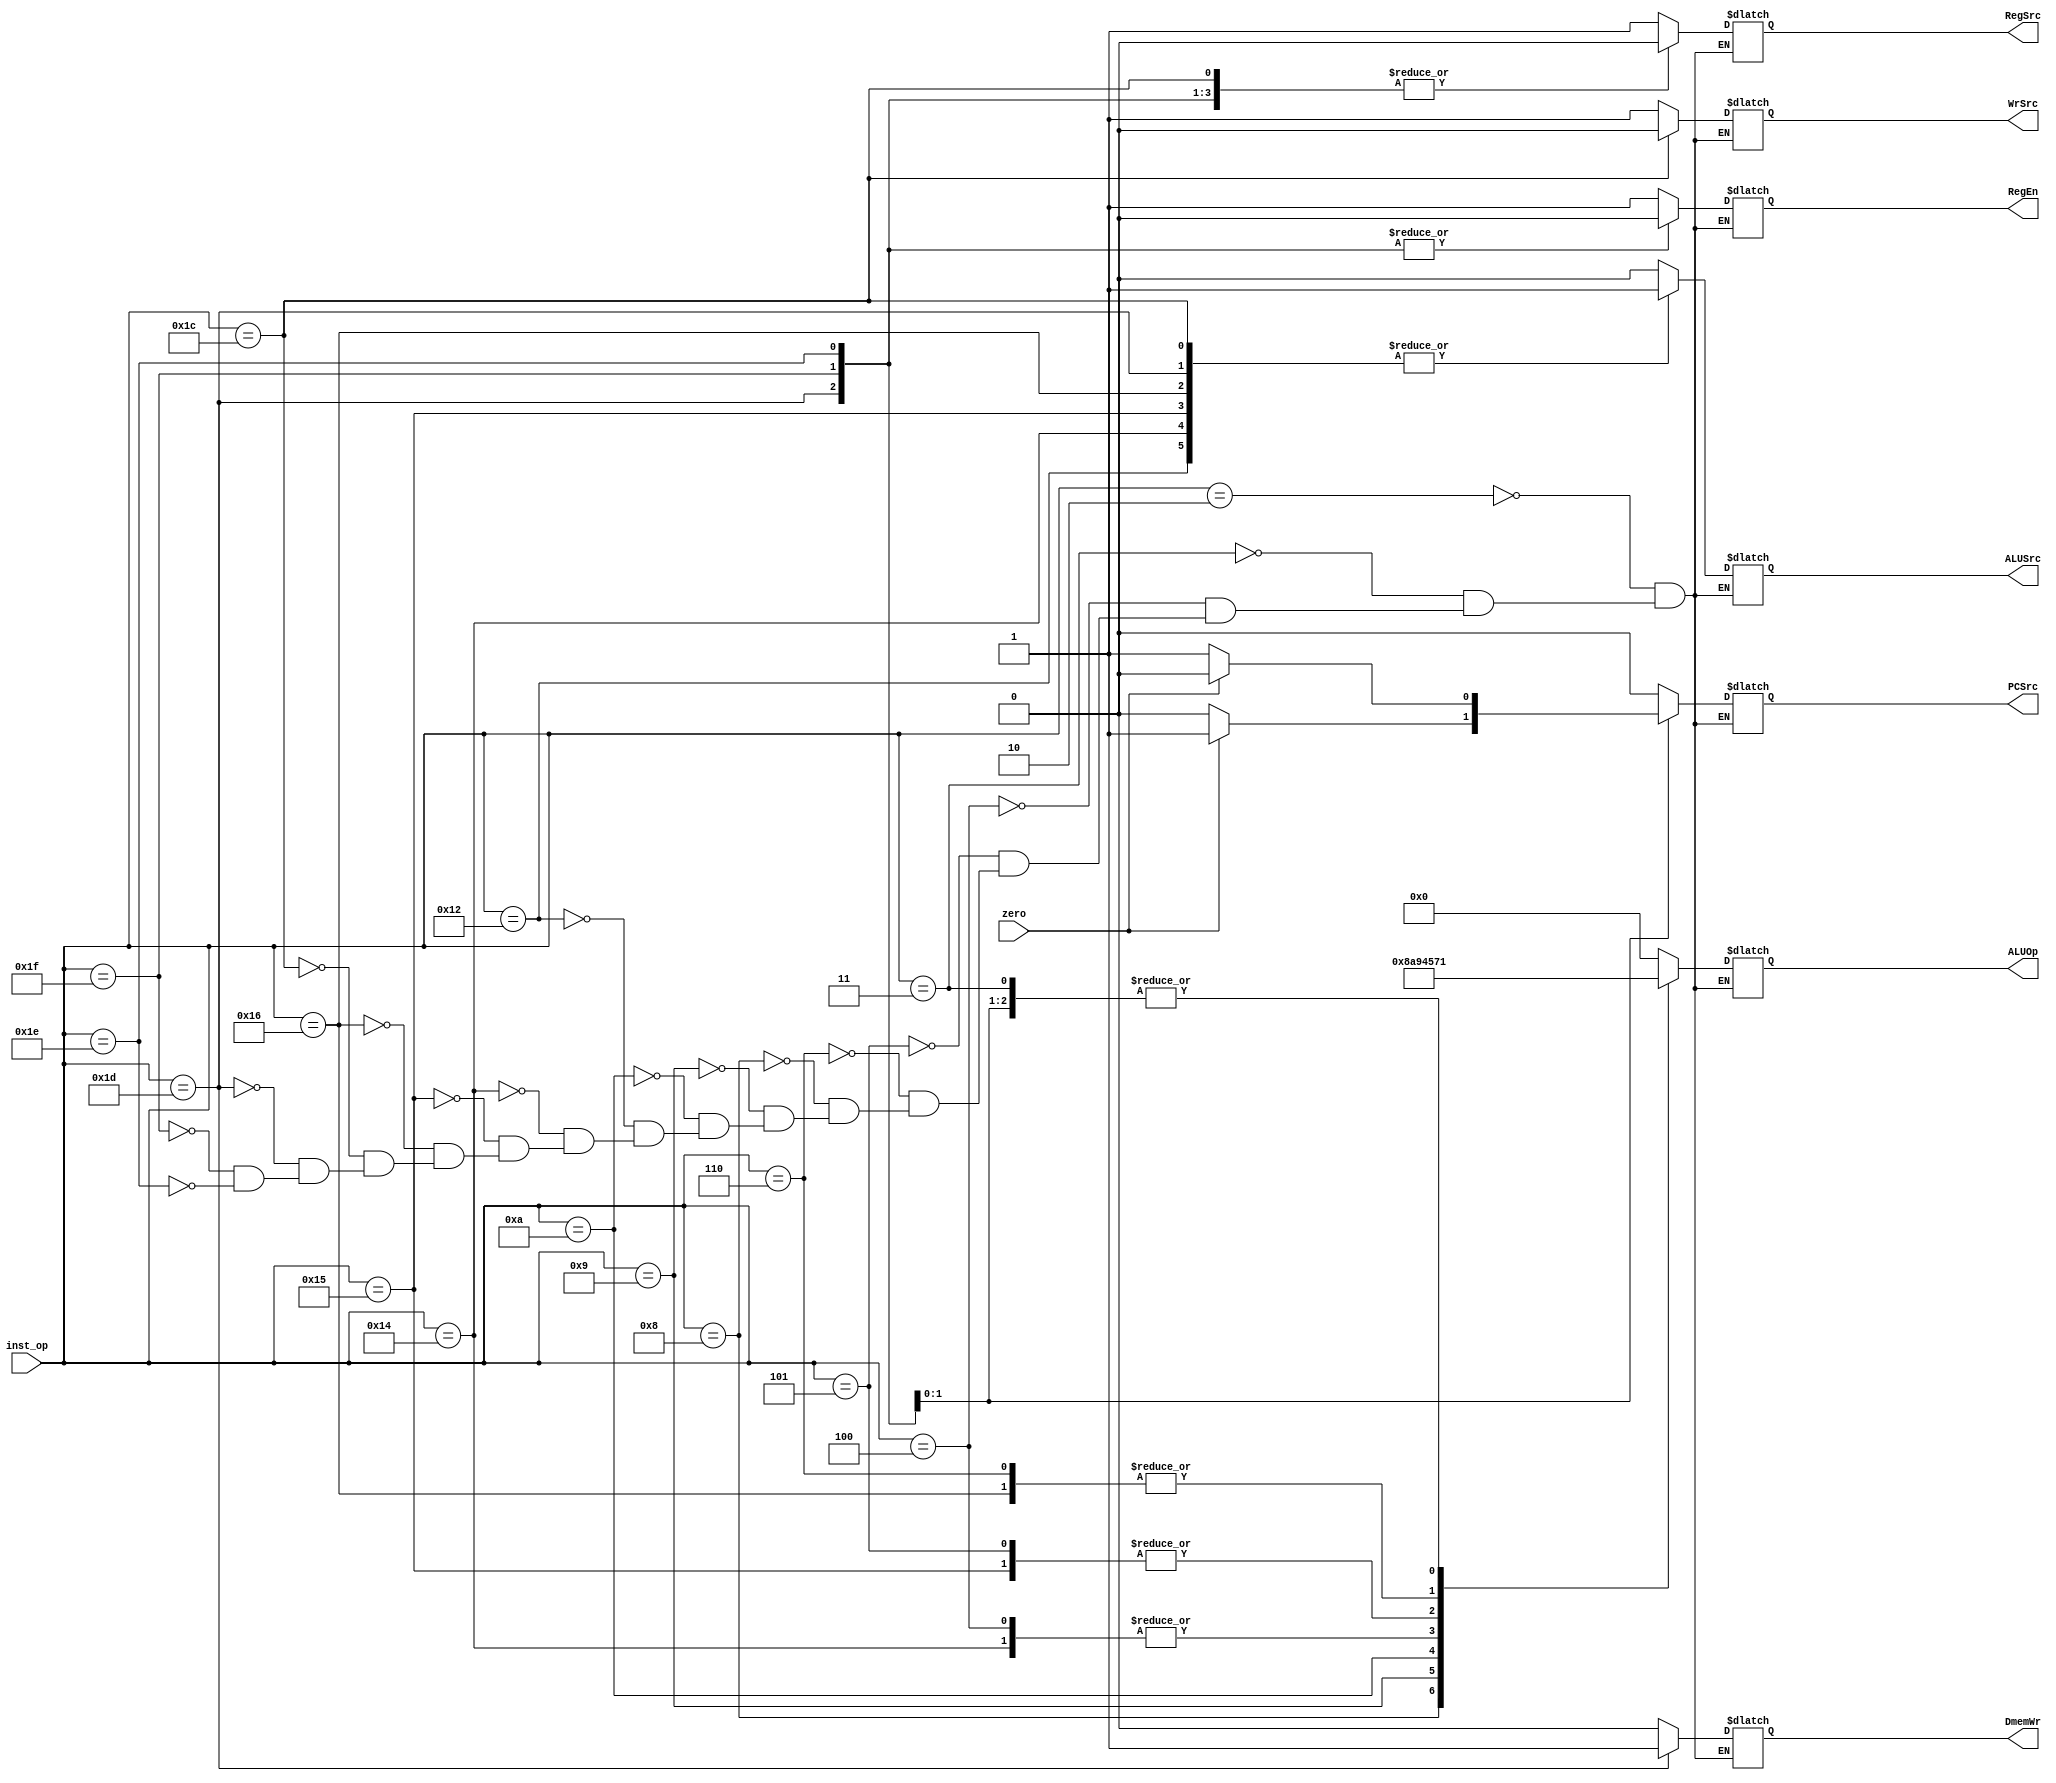
module controller(
	input wire	[4:0]	inst_op,
	input wire			zero,
	output reg			PCSrc,
	output reg			RegSrc,
	output reg			RegEn,
	output reg			ALUSrc,
	output reg 	[3:0]	ALUOp,
	output reg			DmemWr,
	output reg			WrSrc
	);
	
	parameter add 	= 5'b00010;
	parameter sub 	= 5'b00011;
	parameter iand	= 5'b00100;
	parameter ior 	= 5'b00101;
	parameter ixor 	= 5'b00110;
	parameter sr 	= 5'b01000;
	parameter sra 	= 5'b01001;
	parameter sl 	= 5'b01010;
	parameter addi 	= 5'b10010;
	parameter andi 	= 5'b10100;
	parameter ori 	= 5'b10101;
	parameter xori 	= 5'b10110;
	parameter lw 	= 5'b11100;
	parameter sw 	= 5'b11101;
	parameter beq 	= 5'b11110;
	parameter bne 	= 5'b11111;
	
	parameter alu_add 	= 4'b0000;
	parameter alu_sub 	= 4'b0001;
	parameter alu_and 	= 4'b0100;
	parameter alu_or	= 4'b0101;
	parameter alu_xor 	= 4'b0111;
	parameter alu_sr 	= 4'b1000;
	parameter alu_sl 	= 4'b1001;
	parameter alu_sra 	= 4'b1010;
	
	always @(inst_op, zero) begin
		case (inst_op)
			add: begin
				PCSrc 	<= 1'b0;
				RegSrc	<= 1'b1;
				RegEn	<= 1'b1;
				ALUSrc	<= 1'b0;
				ALUOp	<= alu_add;
				DmemWr	<= 1'b0;
				WrSrc	<= 1'b1;
			end
			
			sub: begin
				PCSrc 	<= 1'b0;
				RegSrc	<= 1'b1;
				RegEn	<= 1'b1;
				ALUSrc	<= 1'b0;
				ALUOp	<= alu_sub;
				DmemWr	<= 1'b0;
				WrSrc	<= 1'b1;
			end
			
			iand: begin
				PCSrc 	<= 1'b0;
				RegSrc	<= 1'b1;
				RegEn	<= 1'b1;
				ALUSrc	<= 1'b0;
				ALUOp	<= alu_and;
				DmemWr	<= 1'b0;
				WrSrc	<= 1'b1;
			end
			
			ior: begin
				PCSrc 	<= 1'b0;
				RegSrc	<= 1'b1;
				RegEn	<= 1'b1;
				ALUSrc	<= 1'b0;
				ALUOp	<= alu_or;
				DmemWr	<= 1'b0;
				WrSrc	<= 1'b1;
			end
			
			ixor: begin
				PCSrc 	<= 1'b0;
				RegSrc	<= 1'b1;
				RegEn	<= 1'b1;
				ALUSrc	<= 1'b0;
				ALUOp	<= alu_xor;
				DmemWr	<= 1'b0;
				WrSrc	<= 1'b1;
			end
			
			sr: begin
				PCSrc 	<= 1'b0;
				RegSrc	<= 1'b1;
				RegEn	<= 1'b1;
				ALUSrc	<= 1'b0;
				ALUOp	<= alu_sr;
				DmemWr	<= 1'b0;
				WrSrc	<= 1'b1;
			end
			
			sra: begin
				PCSrc 	<= 1'b0;
				RegSrc	<= 1'b1;
				RegEn	<= 1'b1;
				ALUSrc	<= 1'b0;
				ALUOp	<= alu_sra;
				DmemWr	<= 1'b0;
				WrSrc	<= 1'b1;
			end
			
			sl: begin
				PCSrc 	<= 1'b0;
				RegSrc	<= 1'b1;
				RegEn	<= 1'b1;
				ALUSrc	<= 1'b0;
				ALUOp	<= alu_sl;
				DmemWr	<= 1'b0;
				WrSrc	<= 1'b1;
			end
			
			addi: begin
				PCSrc 	<= 1'b0;
				RegSrc	<= 1'bx;
				RegEn	<= 1'b1;
				ALUSrc	<= 1'b1;
				ALUOp	<= alu_add;
				DmemWr	<= 1'b0;
				WrSrc	<= 1'b1;
			end
			
			andi: begin
				PCSrc 	<= 1'b0;
				RegSrc	<= 1'bx;
				RegEn	<= 1'b1;
				ALUSrc	<= 1'b1;
				ALUOp	<= alu_and;
				DmemWr	<= 1'b0;
				WrSrc	<= 1'b1;
			end
			
			ori: begin
				PCSrc 	<= 1'b0;
				RegSrc	<= 1'bx;
				RegEn	<= 1'b1;
				ALUSrc	<= 1'b1;
				ALUOp	<= alu_or;
				DmemWr	<= 1'b0;
				WrSrc	<= 1'b1;
			end
			
			xori: begin
				PCSrc 	<= 1'b0;
				RegSrc	<= 1'bx;
				RegEn	<= 1'b1;
				ALUSrc	<= 1'b1;
				ALUOp	<= alu_xor;
				DmemWr	<= 1'b0;
				WrSrc	<= 1'b1;
			end
			
			lw: begin
				PCSrc 	<= 1'b0;
				RegSrc	<= 1'b0;
				RegEn	<= 1'b1;
				ALUSrc	<= 1'b1;
				ALUOp	<= alu_add;
				DmemWr	<= 1'b0;
				WrSrc	<= 1'b0;
			end
			
			sw: begin
				PCSrc 	<= 1'b0;
				RegSrc	<= 1'b0;
				RegEn	<= 1'b0;
				ALUSrc	<= 1'b1;
				ALUOp	<= alu_add;
				DmemWr	<= 1'b1;
				WrSrc	<= 1'bx;
			end
			
			bne: begin
				PCSrc 	<= (zero == 1'b1) ? 1'b1 : 1'b0;
				RegSrc	<= 1'b0;
				RegEn	<= 1'b0;
				ALUSrc	<= 1'b0;
				ALUOp	<= alu_sub;
				DmemWr	<= 1'b0;
				WrSrc	<= 1'bx;
			end
			
			beq: begin
				PCSrc 	<= (zero == 1'b0) ? 1'b1 : 1'b0;
				RegSrc	<= 1'b0;
				RegEn	<= 1'b0;
				ALUSrc	<= 1'b0;
				ALUOp	<= alu_sub;
				DmemWr	<= 1'b0;
				WrSrc	<= 1'bx;
			end
		endcase
	end
endmodule